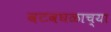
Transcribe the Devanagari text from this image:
वटवघळाच्या